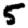
Digit: 5